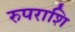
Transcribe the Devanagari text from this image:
रुपराशि